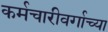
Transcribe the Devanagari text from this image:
कर्मचारीवर्गाच्या